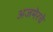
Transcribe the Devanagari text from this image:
अजमेरचे